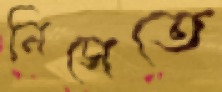
নিসেতে